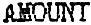
AMOUNT